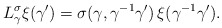
\begin{align*}L^\sigma_\gamma \xi (\gamma') = \sigma(\gamma, \gamma^{-1}\gamma') \, \xi(\gamma^{-1} \gamma').\end{align*}